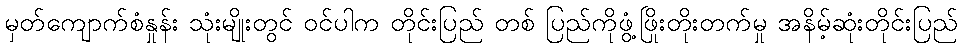
မှတ်ကျောက်စံနှုန်း သုံးမျိုးတွင် ဝင်ပါက တိုင်းပြည် တစ် ပြည်ကိုဖွံ့ဖြိုးတိုးတက်မှု အနိမ့်ဆုံးတိုင်းပြည်